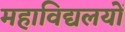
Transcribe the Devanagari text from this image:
महाविद्यलयों